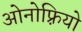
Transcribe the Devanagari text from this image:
ओनोफ़्रियो